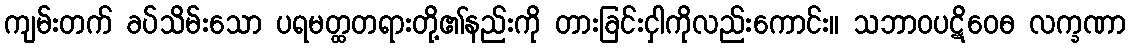
ကျမ်းတက် ခပ်သိမ်းသော ပရမတ္ထတရားတို့၏နည်းကို တားခြင်းငှါကိုလည်းကောင်း။ သဘာဝပဋိဝေဓ လက္ခဏာ